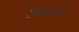
વિષાદનો